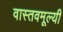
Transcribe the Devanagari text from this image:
वास्तवमूल्यी